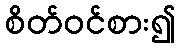
စိတ်ဝင်စား၍